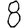
Digit: 8